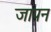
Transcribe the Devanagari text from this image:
जापन